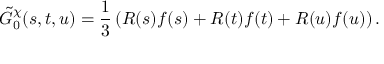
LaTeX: \tilde { G } _ { 0 } ^ { \chi } ( s , t , u ) = { \frac { 1 } { 3 } } \left( R ( s ) f ( s ) + R ( t ) f ( t ) + R ( u ) f ( u ) \right) .